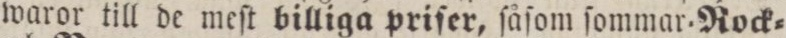
waror till de meſt billiga priſer, ſåſom ſommar. Rock=